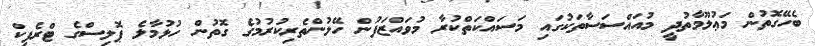
ބެހޭގޮތުން މަޢުލޫމާތުދީ މުއައްސަސާތަކުގައި މަސައްކަތްކުރާ މުވައްޒަފުން ހޭލުންތެރިކުރުމުގެ ގޮތުން ހުޅުމާލެ ޕޮލިސްގެ ޓްރެފިކް